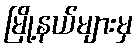
မြို့နယ်များမှ